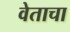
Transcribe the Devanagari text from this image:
वेताचा